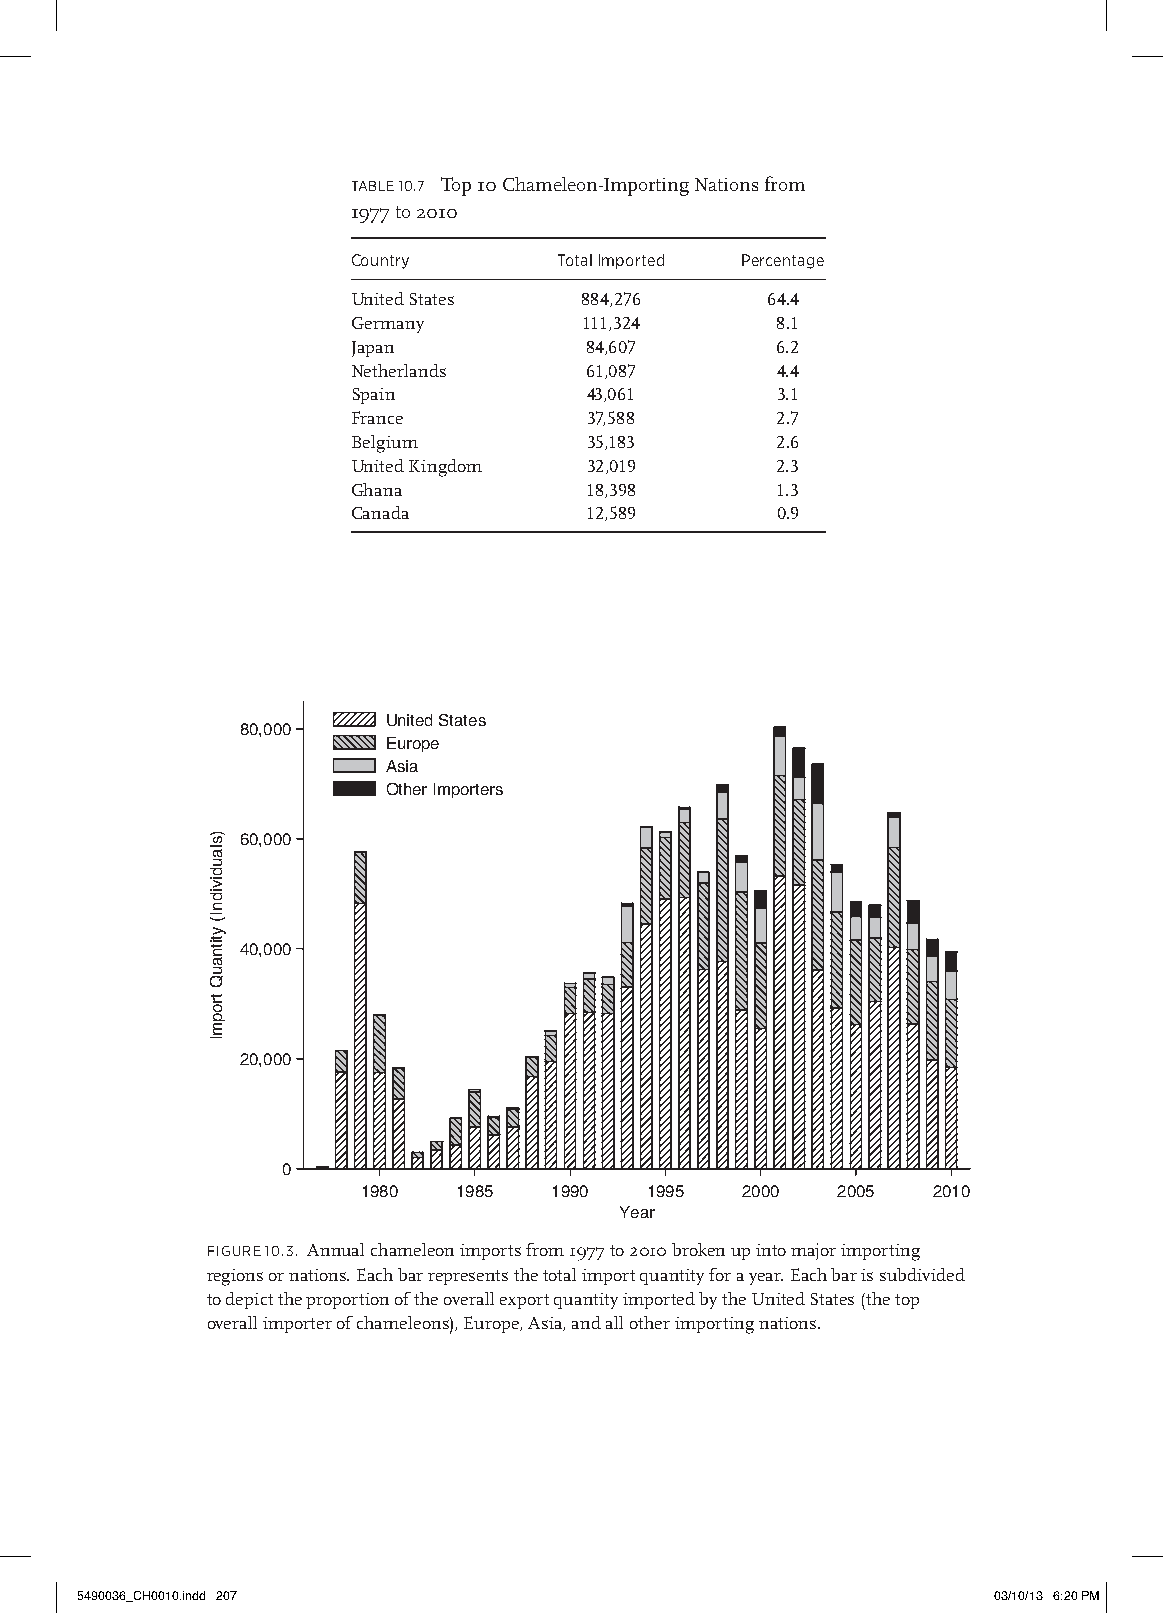
table 10.7 Top 10 Chameleon-Importing Nations from
 1977 to 2010
 Country       total imported percentage
 United States  884,276      64.4
 Germany         111,324     8.1
 Japan           84,607      6.2
 Netherlands     61,087      4.4
 Spain           43,061      3.1
 France          37,588      2.7
 Belgium         35,183      2.6
 United Kingdom  32,019      2.3
 Ghana           18,398      1.3
 Canada          12,589      0.9
 United States
 80,000
 Europe
 Asia
 Other Importers
 60,000
 40,000
 20,000
 0
 1980  1985  1990   1995  2000  2005   2010
 Year
 fiGuRe 10.3. Annual chameleon imports from 1977 to 2010 broken up into major importing
 regions or nations. Each bar represents the total import quantity for a year. Each bar is subdivided
 to depict the proportion of the overall export quantity imported by the United States (the top
 overall importer of chameleons), Europe, Asia, and all other importing nations.
 5490036_CH0010.indd 207                                      03/10/13 6:20 PM
 )slaudividnI(
 ytitnauQ
 tropmI